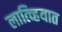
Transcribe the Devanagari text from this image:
लात्व्हियात